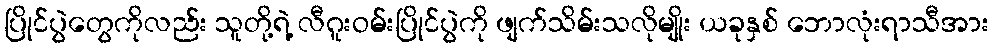
ပြိုင်ပွဲတွေကိုလည်း သူတို့ရဲ့ လီဂူးဝမ်းပြိုင်ပွဲကို ဖျက်သိမ်းသလိုမျိုး ယခုနှစ် ဘောလုံးရာသီအား